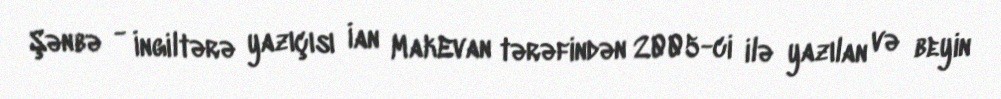
Şənbə - İngiltərə yazıçısı İan MakEvan tərəfindən 2005-ci ilə yazılan və beyin